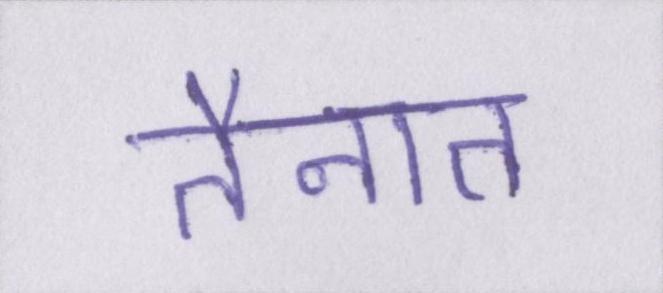
तैनात